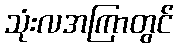
သုံးလအကြာတွင်